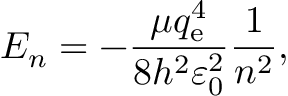
E _ { n } = - { \frac { \mu q _ { \mathrm { e } } ^ { 4 } } { 8 h ^ { 2 } \varepsilon _ { 0 } ^ { 2 } } } { \frac { 1 } { n ^ { 2 } } } ,